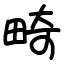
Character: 畸